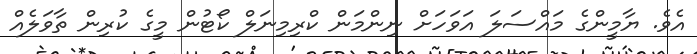
އެވެ. ޔާމީންގެ މައްސަލަ އަވަހަށް ނިންމަން ކްރިމިނަލް ކޯޓުން މީގެ ކުރިން ތާވަލެއް